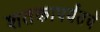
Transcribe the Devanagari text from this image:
शतकापर्यंतचे